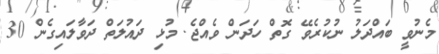
މެނުވީ ބައްދަލު ނުކުރެވޭ ގޮތް ހަދަން ވެއްޖެ. މުޅި ދައުލަތް ދަވާލައިގެން 30